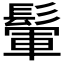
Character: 𩮔